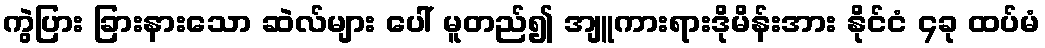
ကွဲပြား ခြားနားသော ဆဲလ်များ ပေါ် မူတည်၍ အျူကားရားဒိုမိန်းအား နိုင်ငံ ၄ခု ထပ်မံ